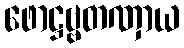
ဖောဋ္ဌဗ္ဗတဏှာယ